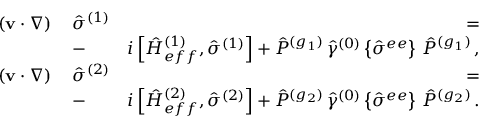
\begin{array} { r l r } { ( { \bf v } \cdot \nabla ) \, } & { { \hat { \sigma } } ^ { ( 1 ) } } & { \, = } \\ & { - } & { i \left[ { \hat { H } } _ { e f f } ^ { ( 1 ) } , { \hat { \sigma } } ^ { ( 1 ) } \right] + { \hat { P } } ^ { ( g _ { 1 } ) } \, { \hat { \gamma } } ^ { ( 0 ) } \left\{ { \hat { \sigma } } ^ { e e } \right\} \, { \hat { P } } ^ { ( g _ { 1 } ) } \, , } \\ { ( { \bf v } \cdot \nabla ) \, } & { { \hat { \sigma } } ^ { ( 2 ) } } & { \, = } \\ & { - } & { i \left[ { \hat { H } } _ { e f f } ^ { ( 2 ) } , { \hat { \sigma } } ^ { ( 2 ) } \right] + { \hat { P } } ^ { ( g _ { 2 } ) } \, { \hat { \gamma } } ^ { ( 0 ) } \left\{ { \hat { \sigma } } ^ { e e } \right\} \, { \hat { P } } ^ { ( g _ { 2 } ) } \, . } \end{array}